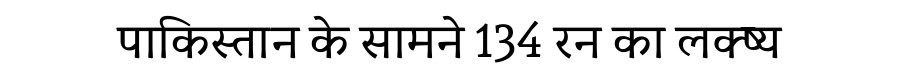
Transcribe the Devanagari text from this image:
पाकिस्तान के सामने 134 रन का लक्ष्य